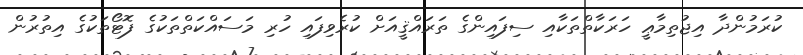
ކުރަމުންދާ އިޖުތިމާޢީ ހަރަކާތްތަކާއި ސިފައިންގެ ތަރައްޤީއަށް ކުރެވިފައި ހުރި މަސައްކަތްތަކުގެ ފޮޓޯތަކުގެ އިތުުރުން